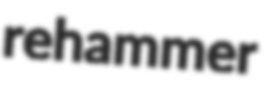
rehammer